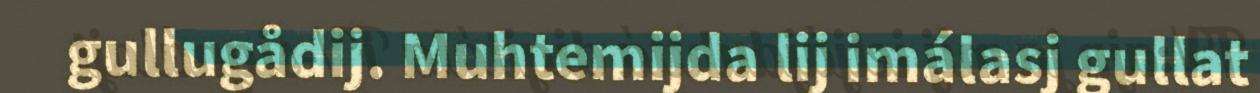
gullugådij. Muhtemijda lij imálasj gullat